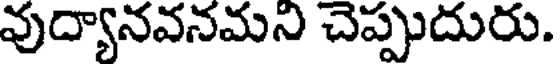
వుద్యానవనమని చెప్పుదురు.